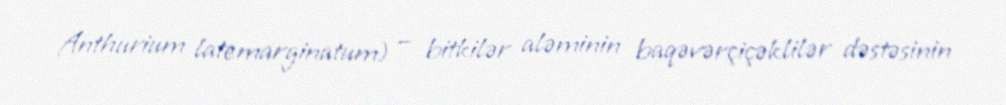
Anthurium latemarginatum) — bitkilər aləminin baqəvərçiçəklilər dəstəsinin